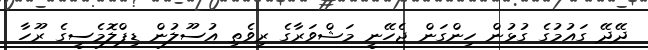
ދޭދޭ ގައުމުގެ ގުޅުން ހިންގަން ޖެހޭނީ މަޝްވަރާގެ ރިވެތި އުސޫލުން ޑިޕްލޮމެސީގެ ރޫހާ